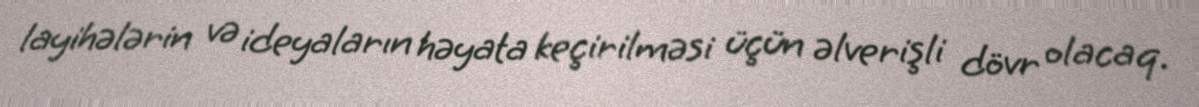
layihələrin və ideyaların həyata keçirilməsi üçün əlverişli dövr olacaq.